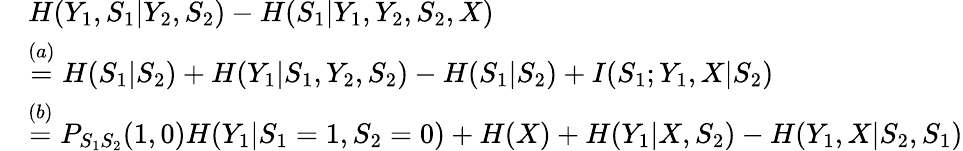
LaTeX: \begin{array}{rl}&{H(Y_{1},S_{1}|Y_{2},S_{2})-H(S_{1}|Y_{1},Y_{2},S_{2},X)}\\ &{\overset{(a)}{=}H(S_{1}|S_{2})+H(Y_{1}|S_{1},Y_{2},S_{2})-H(S_{1}|S_{2})+I(S_{1};Y_{1},X|S_{2})}\\ &{\overset{(b)}{=}P_{S_{1}S_{2}}(1,0)H(Y_{1}|S_{1}=1,S_{2}=0)+H(X)+H(Y_{1}|X,S_{2})-H(Y_{1},X|S_{2},S_{1})}\end{array}